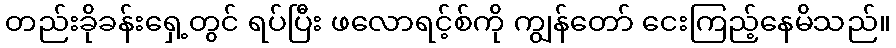
တည်းခိုခန်းရှေ့တွင် ရပ်ပြီး ဖလောရင့်စ်ကို ကျွန်တော် ငေးကြည့်နေမိသည်။